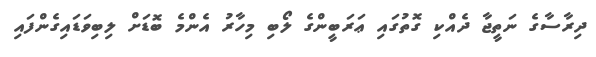
ދިރާސާގެ ނަތީޖާ ދެއްކި ގޮތުގައި ޢަރަބީންގެ ލޯބި މިހާރު އެންމެ ބޮޑަށް ލިބިވަޑައިގެންފައި